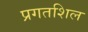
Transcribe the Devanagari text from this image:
प्रगतशिल